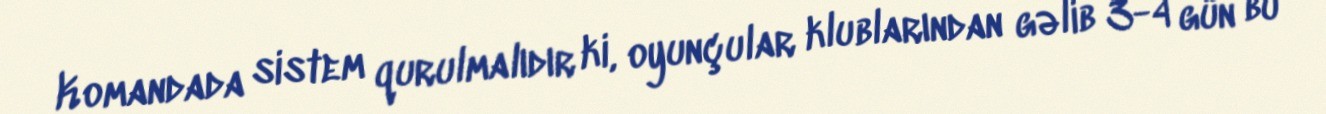
Komandada sistem qurulmalıdır ki, oyunçular klublarından gəlib 3-4 gün bu